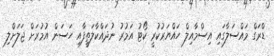
ޑްރަގް މައްސަލާގައި އިސްމާއިލް ހައްޔަރުކުރީ ކޯޓު އަމުރު ނުދައްކާލަތީފާއި ހަސަން އުމުރަށް ޖަލަށްލި